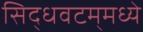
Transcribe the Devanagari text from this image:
सिद्धवटम्‌मध्ये